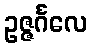
ဥဇ္ဇင်္ဂလေ